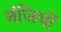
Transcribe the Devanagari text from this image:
नंजियों